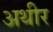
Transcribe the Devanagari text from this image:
अथीर